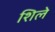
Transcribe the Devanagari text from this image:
शिले